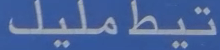
تيطمليل